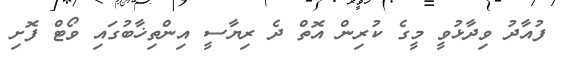
ފުއާދު ވިދާޅުވީ މީގެ ކުރިން އޮތް ދެ ރިޔާސީ އިންތިޚާބުގައި ވޯޓް ފޮށި